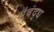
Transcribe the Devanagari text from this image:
संबंद्‌ध